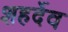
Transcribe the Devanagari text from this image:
शहर्देव